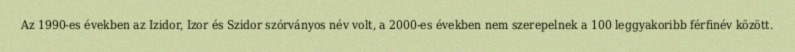
Az 1990-es években az Izidor, Izor és Szidor szórványos név volt, a 2000-es években nem szerepelnek a 100 leggyakoribb férfinév között.